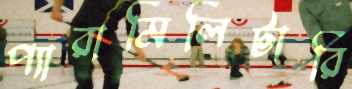
প্যারামিলিটারি